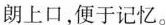
朗上口,便于记忆。